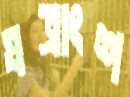
যত্রাংশ